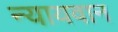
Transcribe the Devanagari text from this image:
न्यायवान